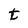
Character: t